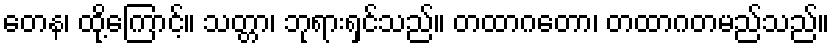
တေန၊ ထို့ကြောင့်။ သတ္တာ၊ ဘုရားရှင်သည်။ တထာဂတော၊ တထာဂတမည်သည်။